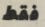
فقط